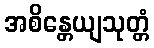
အစိန္တေယျသုတ္တံ